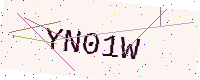
Text: YN01W